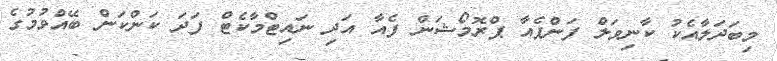
މިބަދަލާއެކު ކާނިވަލް ފަންފެއާ ޕްރޮމޯޝަން ފެއާ އަދި ނައިޓްމާކެޓް ފަދަ ކަންކަން ބޭއްވުމުގެ